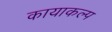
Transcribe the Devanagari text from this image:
कायाकल्‍प